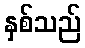
နှစ်သည်